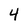
Character: 4